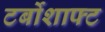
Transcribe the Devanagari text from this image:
टर्बोशाफ्ट